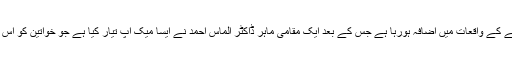
برطانیہ میں بھی خواتین پر تیزاب پھینکنے کے واقعات میں اضافہ ہورہا ہے جس کے بعد ایک مقامی ماہر ڈاکٹر الماس احمد نے ایسا میک اپ تیار کیا ہے جو خواتین کو اس ہولناک حملے سے محفوظ رکھ سکتا ہے۔